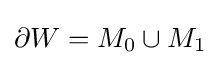
\partial W=M_{0}\cup M_{1}